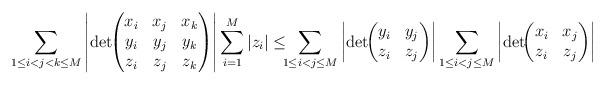
LaTeX: \begin{align*}\sum_{1 \le i < j < k \le M} \left |\det\!\!\begin{pmatrix}x_i & x_j & x_k \\y_i & y_j & y_k \\z_i & z_j & z_k\end{pmatrix}\right| \sum_{i=1}^M |z_i| \le \!\!\!\sum_{1 \le i < j \le M} \left |\det\!\!\begin{pmatrix}y_i & y_j \\z_i & z_j \end{pmatrix}\right|\sum_{1 \le i < j \le M} \left |\det\!\!\begin{pmatrix}x_i & x_j \\z_i & z_j \end{pmatrix}\right|\end{align*}